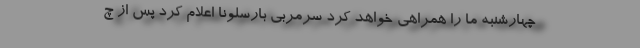
چهارشنبه ما را همراهی خواهد کرد سرمربی بارسلونا اعلام کرد پس از چ